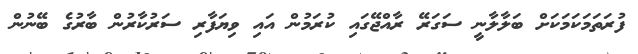
ފުރަތަމަކަމަކަށް ބަލާލާނީ ސަގަރޭ ރާއްޖޭގައި ކުރަމުން އައި ވިޔަފާރި ސަރުކާރުން ބާރުގެ ބޭނުން